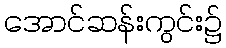
အောင်ဆန်းကွင်း၌